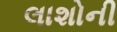
લાશોની